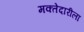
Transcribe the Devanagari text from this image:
मक्तेदारीला